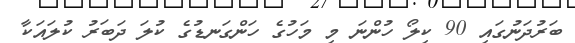
ބަރުދަނުގައި 90 ކިލޯ ހުންނަ މި މަހުގެ ހަންގަނޑުގެ ކުލަ ދަބަރު ކުލައަކާ